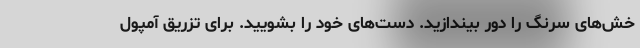
خش‌های سرنگ را دور بیندازید. دست‌های خود را بشویید. برای تزریق آمپول